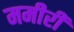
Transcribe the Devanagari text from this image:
ममीरी